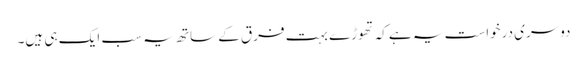
دوسری درخواست یہ ہے کہ تھوڑے بہت فرق کے ساتھ یہ سب ایک ہی ہیں۔